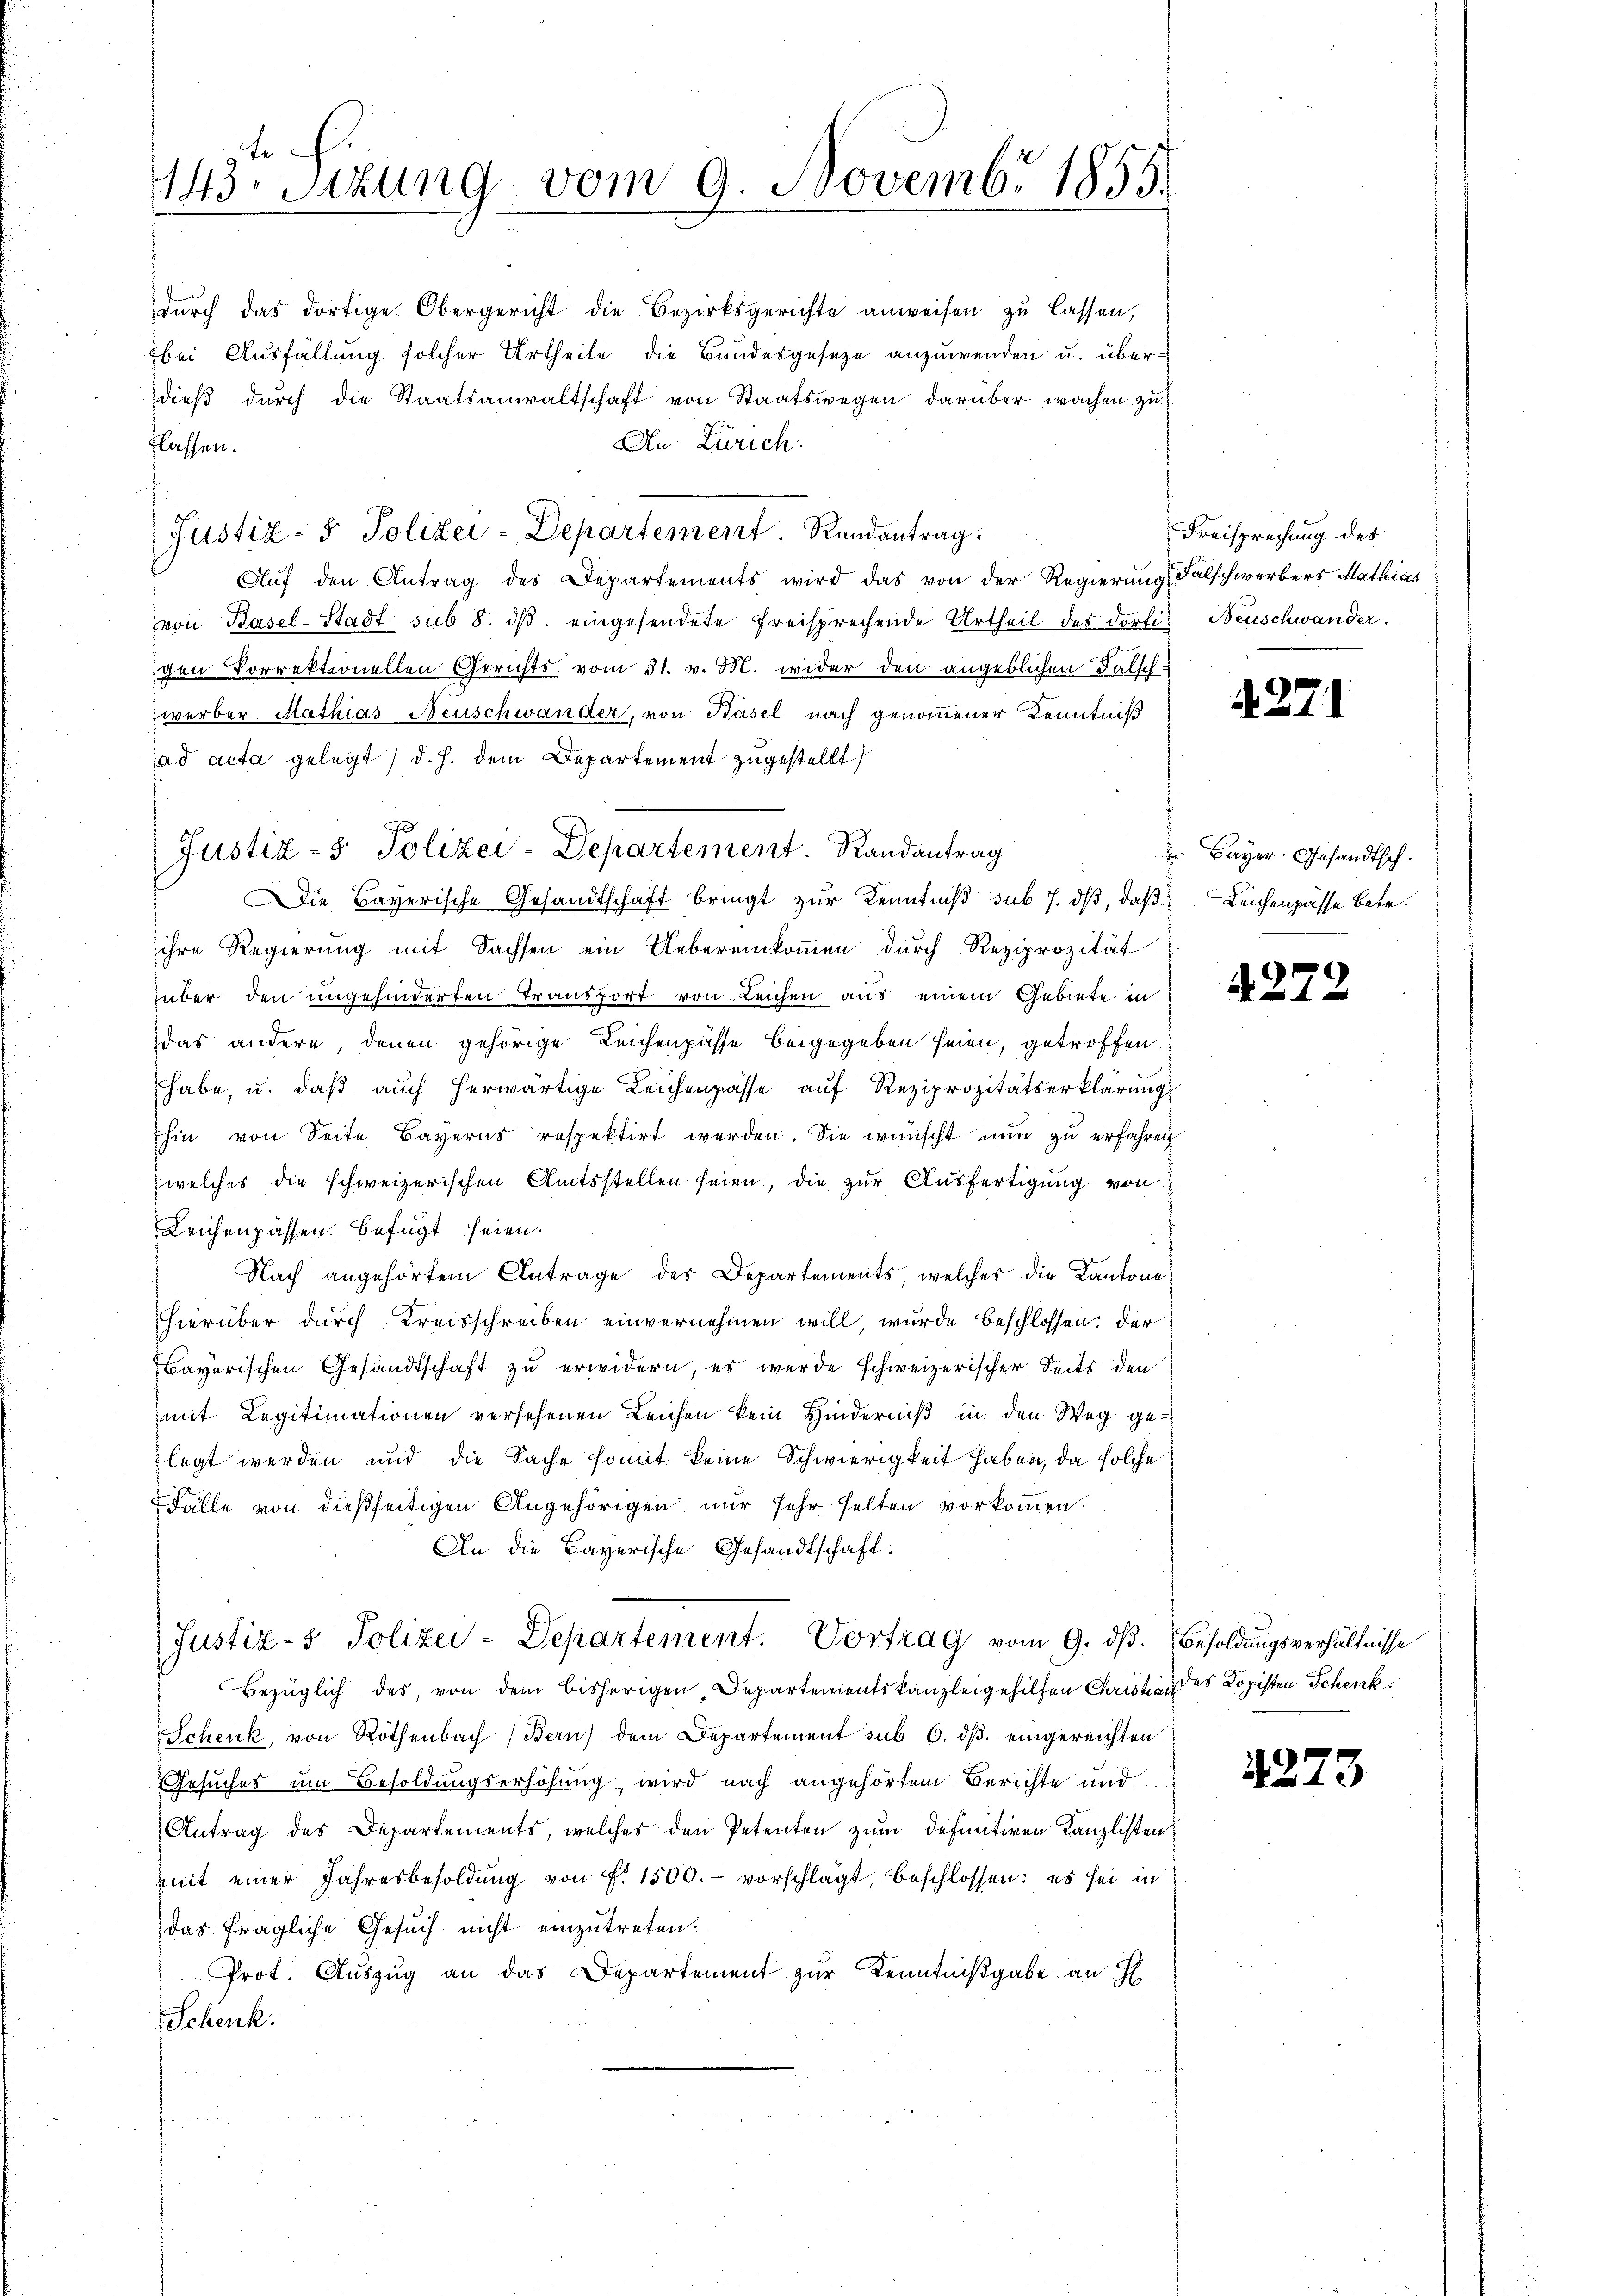
te
143. Sitzung vom 9. Novembr 1855.

dŭrch das dortige Obergericht die Bezirksgerichte anweisen zu lassen,
bei Ausfällung solcher Urtheile die Bundesgesetze anzuwenden u. über u
dieβ dŭrch die Staatsanwaltschaft von Staatswegen darüber wachen zu
An Zürich.
flassen.
Justiz- & Polizei-Departement Randantrag.
Aŭf den Antrag des Departements wird das von der Regierung Falschwerbers Mathias
von Basel-Stadt sub 8. ds. eingesendete Freisprechende Urtheil des dorti Neuschwander.
igen Vorrektionellen Gerichts vom 31. v. M. wider den angeblichen Falschwerber Mathias Neuschwander, von Basel nach genommener Kenntniß
ad acta gelegt) d. h. dem Departement zugestellt
Justiz- & Polizei-Departement. Randantrag
Die Bayerische Gesandtschaft bringt zur Kenntniß sub 7. dβ, daß Leichenpasse betr.
ihre Regierung mit Sachsen ein Uebereinkommen durch Reziprozität
über den ungehinderten Transport von Leichen aus einem Gebiete in
das andere, denen gehörige Leichenpasse beigegeben seien, getroffen
habe, u. daβ aŭch herwärtige Leichenpasse aŭf Reziprozitätserklärŭng
hin von Seite Bayerns respektirt werden. Die wünscht nŭn zŭ erfahren
welches die schweizerischen Amtsstellen seien, die zur Ausfertigung von
Leichenpassen befügt seien.
Nach angehörtem Antrage des Departements, welches die Kantone
hierüber durch Kreisschreiben einvernehmen will, wurde beschlossen: der
Bayerischen Gesandtschaft zu erwidern, es werde schweizerischer Seits den
mit Legitimationen versehenen Leichen kein Hinderniß in den Weg gelegt werden und die Sache somit keine Schwierigkeit haben, da solche
Fälle von dießseitigen Angehörigen, nur sehr selten vorkommen.
An die Bayerische Gesandtschaft.
Justiz- & Polizei-Departement. Vortrag vom 9. dβ. Besoldungsverhältnisse
Bezüglich des, von dem bisherigen, Departementskanzleigehilfen Chaist des Kopisten Schenk
Schenk, von Röthenbach Bern) dem Departement sub 6. dβ. eingereichten
Gesuches um Besoldungserhöhung wird nach angehörtem Berichte und
Antrag des Departements, welches den Petenten zum definitiven Kanzlisten
mit einer Jahresbesoldŭng von f. 1500.- vorschlägt, beschlossen: es sei in
das fragliche Gesŭch nicht einzŭtreten:
Prot. Auszug an das Departement zur Kenntnißgabe an H.
Schenk.

Freisprechung des

4271

Bayer. Gesandtsch.

4272

4273